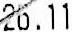
26.11